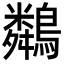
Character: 𪆞